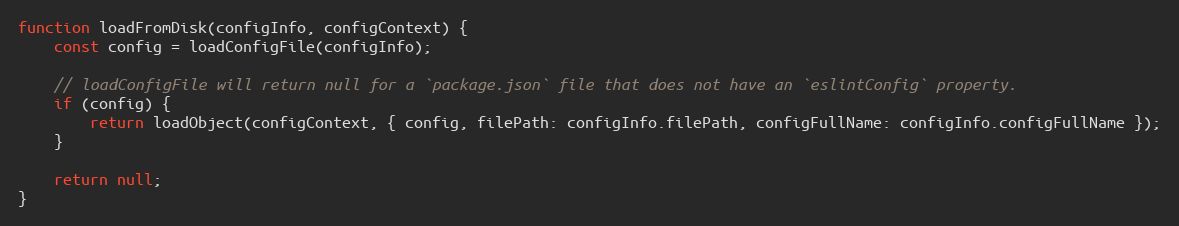
Language: JavaScript
function loadFromDisk(configInfo, configContext) {
    const config = loadConfigFile(configInfo);

    // loadConfigFile will return null for a `package.json` file that does not have an `eslintConfig` property.
    if (config) {
        return loadObject(configContext, { config, filePath: configInfo.filePath, configFullName: configInfo.configFullName });
    }

    return null;
}